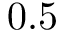
0 . 5